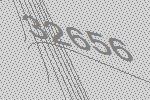
32656